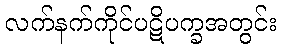
လက်နက်ကိုင်ပဋိပက္ခအတွင်း